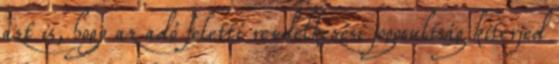
azt is, hogy az adó feletti rendelkezési jogosultság kiterjed